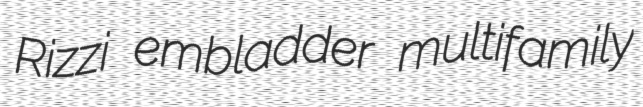
Rizzi embladder multifamily